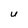
Character: U